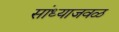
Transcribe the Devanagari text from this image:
सांध्याजवळ